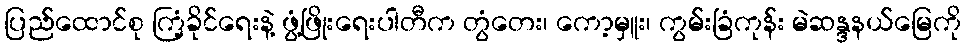
ပြည်ထောင်စု ကြံ့ခိုင်ရေးနဲ့ ဖွံ့ဖြိုးရေးပါတီက တွံတေး၊ ကော့မှူး၊ ကွမ်းခြံကုန်း မဲဆန္ဒနယ်မြေကို